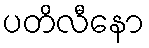
ပတိလီနော